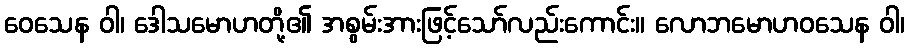
ဝေသေန ဝါ၊ ဒေါသမောဟတို့၏ အစွမ်းအားဖြင့်သော်လည်းကောင်း။ လောဘမောဟဝသေန ဝါ၊